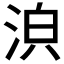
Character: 𣴼